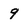
Character: 9